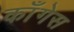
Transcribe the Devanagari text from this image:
काँगेस